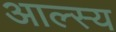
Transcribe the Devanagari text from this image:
आल्स्य